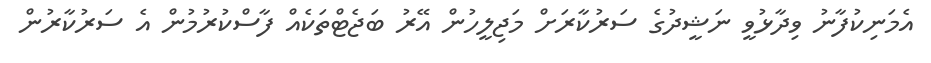
އެމަނިކުފާނު ވިދާޅުވީ ނަޝީދުގެ ސަރުކާރަށް މަޖިލީހުން އޭރު ބަޖެޓްތަކެއް ފާސްކުރުމުން އެ ސަރުކާރުން